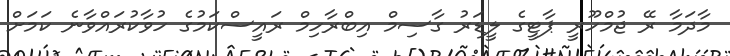
މާދަމާ ރޭ ޖުމްހޫރީ ޕާޓީގެ ލީޑަރު ގާސިމް އިބްރާހިމް ރައީސްކަމުގެ ހުވާކުރައްވާނެ ކަަމަށް